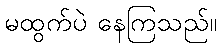
မထွက်ပဲ နေကြသည်။